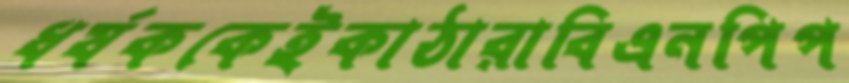
ধর্ষককেইকাঠারাবিএনপিপ